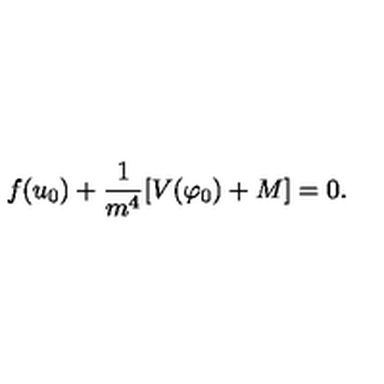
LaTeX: f ( u _ { 0 } ) + \frac { 1 } { m ^ { 4 } } [ V ( \varphi _ { 0 } ) + M ] = 0 .